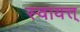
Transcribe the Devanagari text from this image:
स्वायत्त्